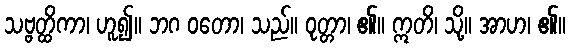
သဗ္ဗတ္ထိကာ၊ ဟူ၍။ ဘဂ ဝတော၊ သည်။ ဝုတ္တာ၊ ၏။ ဣတိ၊ သို့။ အာဟ၊ ၏။